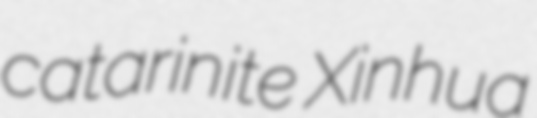
catarinite Xinhua